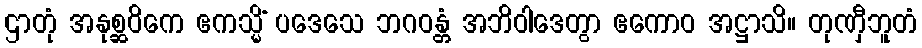
ဌာတုံ အနုစ္ဆဝိကေ ဧကသ္မိံ ပဒေသေ ဘဂဝန္တံ အဘိဝါဒေတွာ ဧကောဝ အဋ္ဌာသိ။ တုဏှီဘူတံ